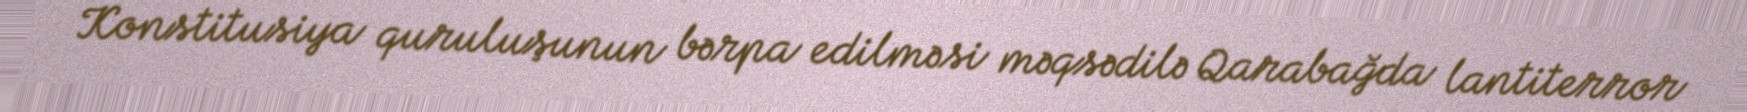
Konstitusiya quruluşunun bərpa edilməsi məqsədilə Qarabağda lantiterror